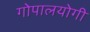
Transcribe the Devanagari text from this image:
गोपालयोगी